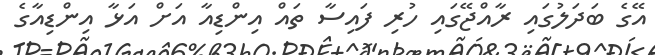
އޭގެ ބަދަލުގައި ރާއްޖޭގައި ހުރި ފައިސާ ތައް އިންޑިއާ އަށް އަޅާ އިންޑިއާގެ